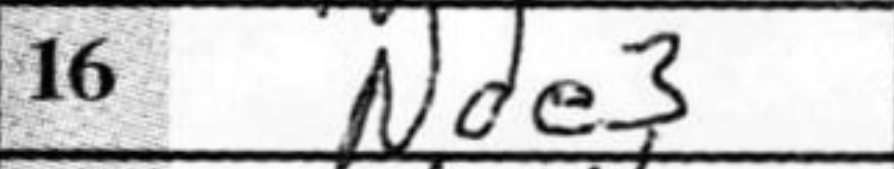
Transcription: Nde3